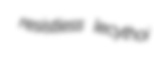
resistless lecythoi